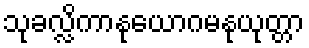
သုခလ္လိကာနုယောဂမနုယုတ္တာ